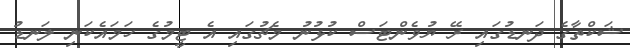
ޝަކްތާގެ ދަނޑުގައި ރޭ ޔުވެންޓަސް ކުޅުނު މެޗުގައި އެ ޓީމުގެ ހަމައެކަނި ލަނޑު